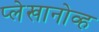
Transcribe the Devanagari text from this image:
प्लेखानोव्ह